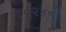
૧૦૨૪ની